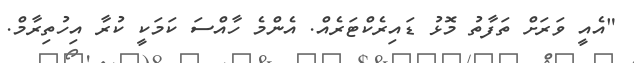
"އެއީ ވަރަށް ތަފާތު މޮޅު ޑައިރެކްޓަރެއް. އެންމެ ހާއްސަ ކަމަކީ ކުރާ އިހުތިރާމް.